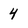
Character: 4